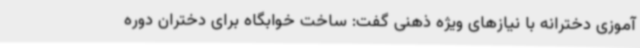
آموزی دخترانه با نیازهای ویژه ذهنی گفت: ساخت خوابگاه برای دختران دوره